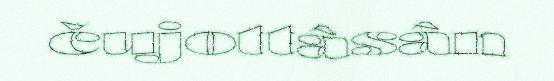
čujottâsân